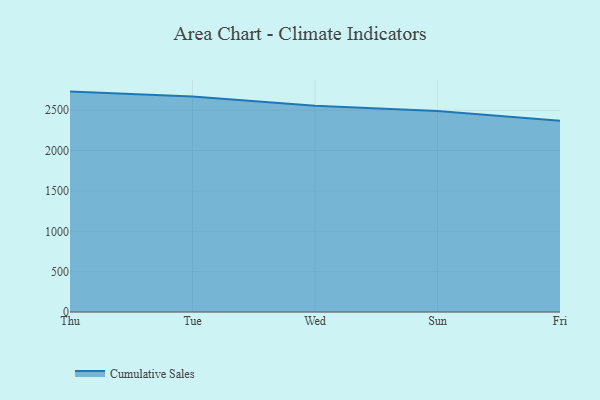
{"axis": {"x": "Day", "y": "Active Users"}, "legend": ["Cumulative Sales"], "data": [{"x": "Thu", "y": 2731.0, "type": "Cumulative Sales"}, {"x": "Tue", "y": 2670.0, "type": "Cumulative Sales"}, {"x": "Wed", "y": 2555.9, "type": "Cumulative Sales"}, {"x": "Sun", "y": 2489.1, "type": "Cumulative Sales"}, {"x": "Fri", "y": 2370.5, "type": "Cumulative Sales"}]}